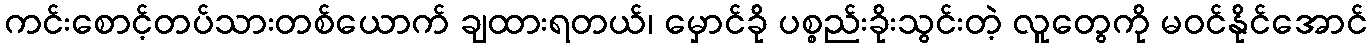
ကင်းစောင့်တပ်သားတစ်ယောက် ချထားရတယ်၊ မှောင်ခို ပစ္စည်းခိုးသွင်းတဲ့ လူတွေကို မဝင်နိုင်အောင်